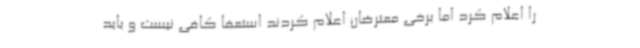
را اعلام کرد اما برخی معترضان اعلام کردند استعفا کافی نیست و باید